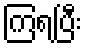
ကြရပြီး